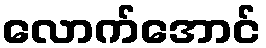
လောက်အောင်